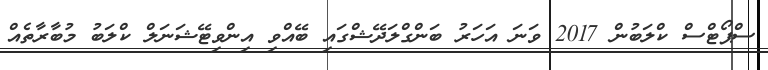
ސްޕޯޓްސް ކްލަބުން 2017 ވަނަ އަހަރު ބަންގްލަދޭޝްގައި ބޭއްވި އިންވިޓޭޝަނަލް ކްލަބު މުބާރާތެއް